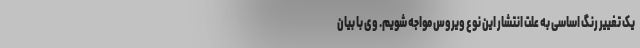
یک تغییر رنگ اساسی به علت انتشار این نوع ویروس مواجه شویم. وی با بیان